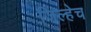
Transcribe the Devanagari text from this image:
जिल्हेच